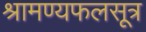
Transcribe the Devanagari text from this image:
श्रामण्यफलसूत्र